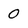
Character: 0